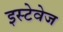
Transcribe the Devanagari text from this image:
इस्टेवेज